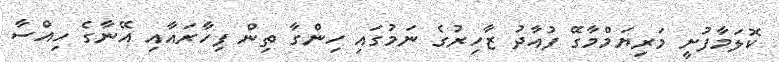
ކޮލަމާފުށީ މަރިޔަމްމާގޭ ފުއާދު ޒާހިރުގެ ނަމުގައި ހިންގާ ތިން ފިހާރައާއި އޭނާގެ ހިއްސާ